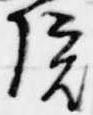
院